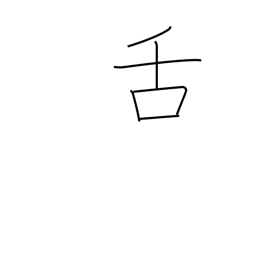
Meaning: tongue